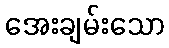
အေးချမ်းသော